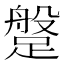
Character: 𨃞